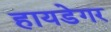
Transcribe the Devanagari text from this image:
हायडेगर